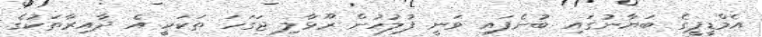
އެމްޑީޕީގެ ބަޔާނުގައި ބުނެފައި ވަނީ ފުލުހުން ރޫޅާލި ޖަގަހަ ތަކަކީ އެ ދާއިރާތަކުގެ